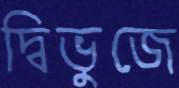
দ্বিভুজে